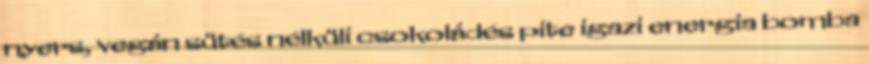
nyers, vegán sütés nélküli csokoládés pite igazi energia bomba